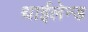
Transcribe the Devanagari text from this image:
थाईलेन्ड